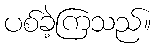
ပစ်ခဲ့ကြသည်။